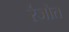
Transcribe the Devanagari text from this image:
रंजोत